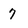
Character: 7